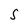
Character: S